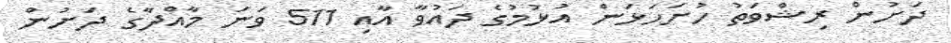
ދަށުން ރިޝްވަތު ހުށަހަޅަން އުޅުމުގެ ދައުވާ އާއި 511 ވަނަ މާއްދާގެ ދަށުން